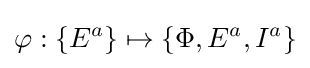
\varphi :\{E^{a}\}\mapsto \{\Phi ,E^{a},I^{a}\}